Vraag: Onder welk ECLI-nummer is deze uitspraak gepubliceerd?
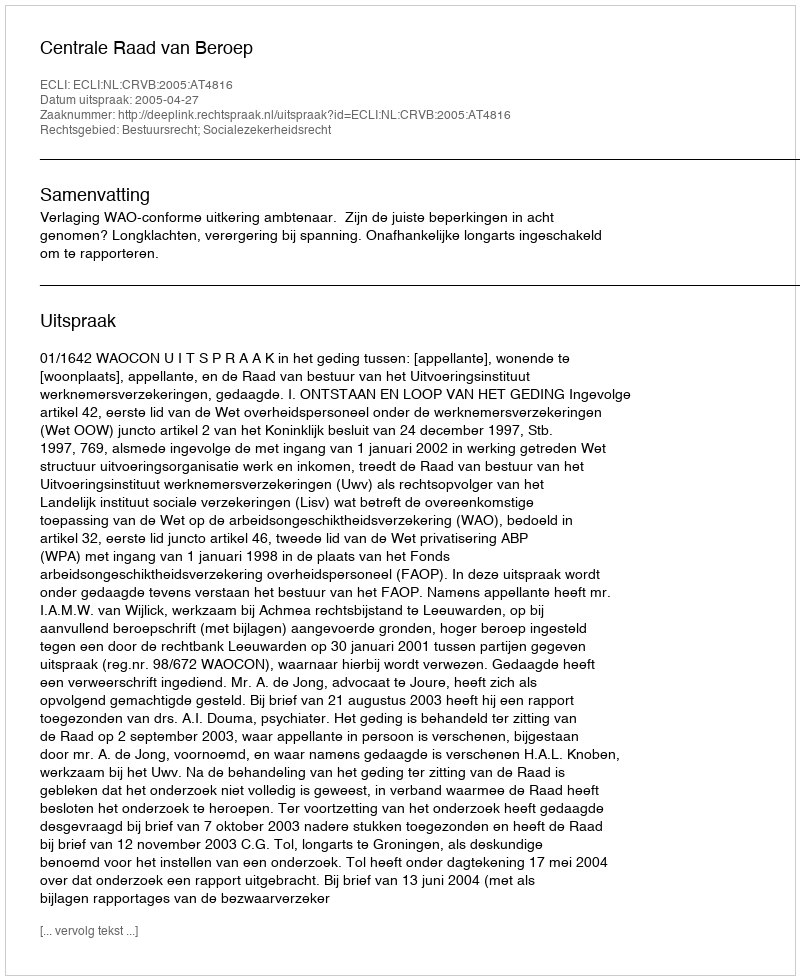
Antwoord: ECLI:NL:CRVB:2005:AT4816